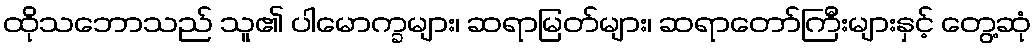
ထိုသဘောသည် သူ၏ ပါမောက္ခများ၊ ဆရာမြတ်များ၊ ဆရာတော်ကြီးများနှင့် တွေ့ဆုံ